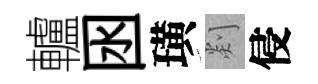
轤囦璜剡侵